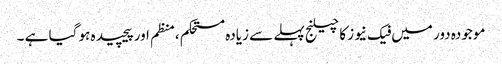
موجودہ دور میں فیک نیوز کا چیلنج پہلے سے زیادہ مستحکم ،منظم اور پیچیدہ ہو گیا ہے ۔